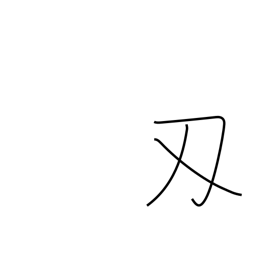
Meaning: sword